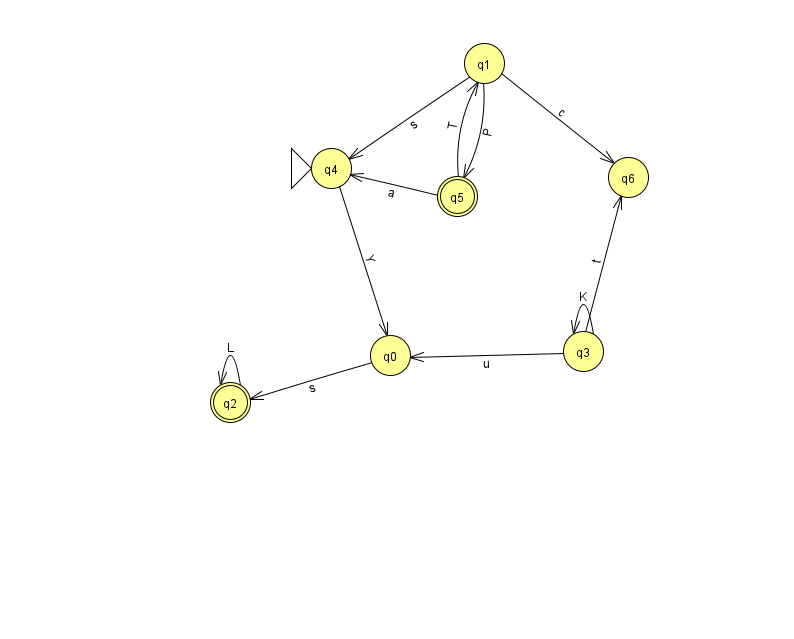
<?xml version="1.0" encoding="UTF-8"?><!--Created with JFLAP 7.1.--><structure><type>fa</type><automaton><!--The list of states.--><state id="0" name="q0"><x>390.0</x><y>342.0</y></state><state id="1" name="q1"><x>484.0</x><y>50.0</y></state><state id="2" name="q2"><x>230.0</x><y>389.0</y><final/></state><state id="3" name="q3"><x>583.0</x><y>338.0</y></state><state id="4" name="q4"><x>331.0</x><y>155.0</y><initial/></state><state id="5" name="q5"><x>457.0</x><y>183.0</y><final/></state><state id="6" name="q6"><x>628.0</x><y>164.0</y></state><!--The list of transitions.--><transition><from>5</from><to>4</to><read>a</read></transition><transition><from>1</from><to>4</to><read>s</read></transition><transition><from>3</from><to>0</to><read>u</read></transition><transition><from>1</from><to>5</to><read>P</read></transition><transition><from>4</from><to>0</to><read>Y</read></transition><transition><from>1</from><to>6</to><read>c</read></transition><transition><from>5</from><to>1</to><read>T</read></transition><transition><from>3</from><to>3</to><read>K</read></transition><transition><from>2</from><to>2</to><read>L</read></transition><transition><from>3</from><to>6</to><read>t</read></transition><transition><from>0</from><to>2</to><read>s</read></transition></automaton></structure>